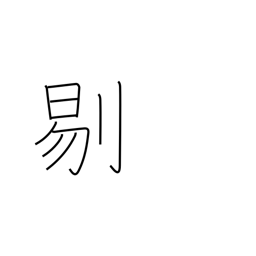
Meaning: cutting